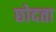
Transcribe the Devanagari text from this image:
छोदता